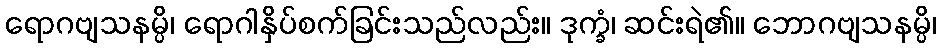
ရောဂဗျသနမ္ပိ၊ ရောဂါနှိပ်စက်ခြင်းသည်လည်း။ ဒုက္ခံ၊ ဆင်းရဲ၏။ ဘောဂဗျသနမ္ပိ၊